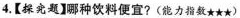
4.【探究题】哪种饮料便宜?(能力指数\star \star\star)